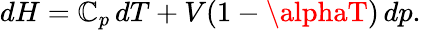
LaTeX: dH=\mathbb{C}_{p}\, dT+V(1-\alphaT)\, dp.